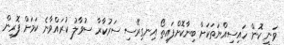
ވަނީ ކޮން ހައިސިއްޔަތަކަށް ބިނާކޮށްފައިތޯ އިނގިރޭސި ސަރުކާރާ ސުވާލު ކުރައްވާނެ ކަމަށް ފޮރިން